Physiological action of certain drugs in tablet form - Number 52A
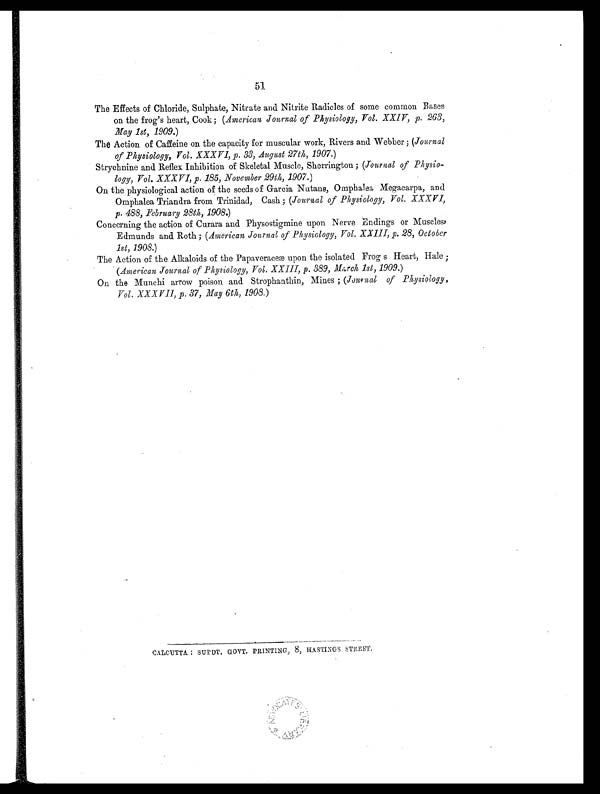
51
The Effects of Chloride, Sulphate, Nitrate and Nitrite Radicles of some common Bases
on the frog's heart, Cook; (American Journal of Physiology, Vol. XXIV, p. 263,
May 1st, 1909.)
The Action of Caffeine on the capacity for muscular work, Rivers and Webber; (Journal
of Physiology, Vol. XXXVI, p. 33, August 27th, 1907.)
Strychnine and Reflex Inhibition of Skeletal Muscle, Sherrington ; (Journal of Physio-
logy, Vol. XXXVI, p. 185, November 29th, 1907.)
On the physiological action of the seeds of Garcia Nutans, Omphalea Megacarpa, and
Omphalea Triandra from Trinidad, Cash ; (Journal of Physiology, Vol. XXXVI,
p. 488, February 28th, 1908.)
Concerning the action of Curara and Physostigmine upon Nerve Endings or Muscles,
Edmunds and Roth ; (American Journal of Physiology, Vol. XXIII, p. 28, October
1st, 1908.)
The Action of the Alkaloids of the Papaveraceæ upon the isolated Frog s Heart, Hale ;
(American Journal of Physiology, Vol. XXIII, p. 389, March 1st, 1909.)
On the Munchi arrow poison and Strophanthin, Mines ; (Journal of Physiology,
Vol. XXXVII, p. 37, Nay 6th, 1908.)
CALCUTTA: SUPDT. GOVT. PRINTING, 8, HASTINGS STREET.
A D V O C A T E S L I B R A R Y .